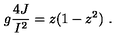
g { \frac { 4 J } { I ^ { 2 } } } = z ( 1 - z ^ { 2 } ) \ .